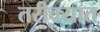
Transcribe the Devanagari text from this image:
तरीक्यात